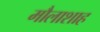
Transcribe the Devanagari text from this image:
मौलाशाह